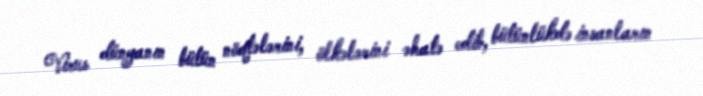
Virus dünyanın bütün nöqtələrini, ölkələrini əhatə edib, bütünlükdə insanların